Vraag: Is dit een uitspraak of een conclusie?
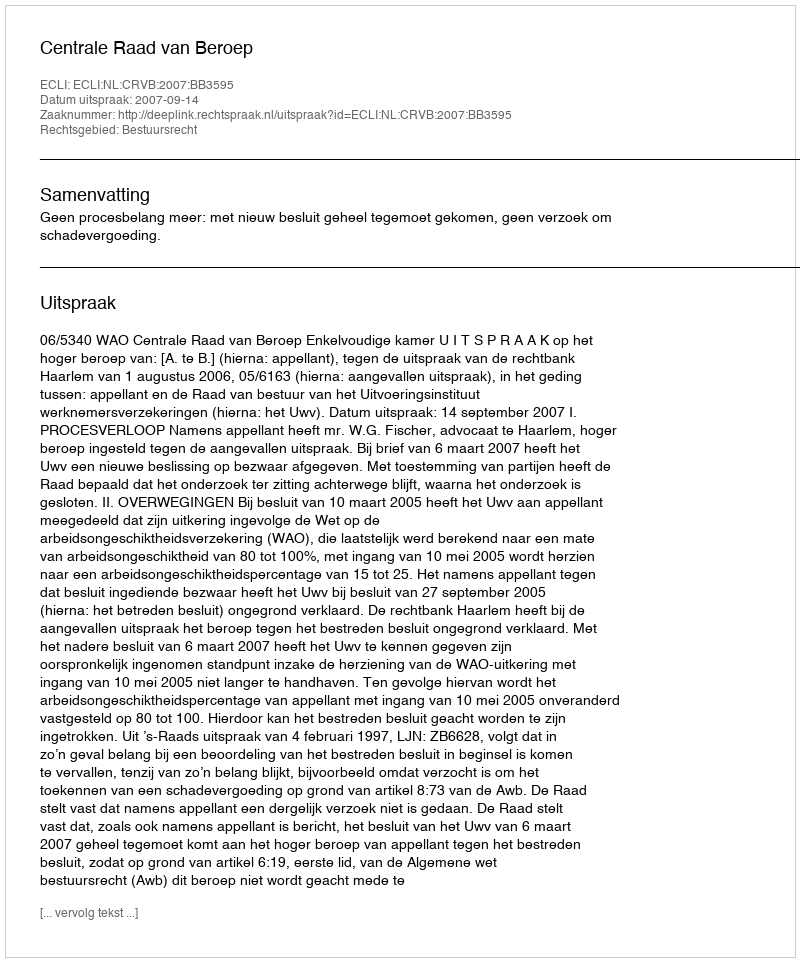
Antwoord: Uitspraak